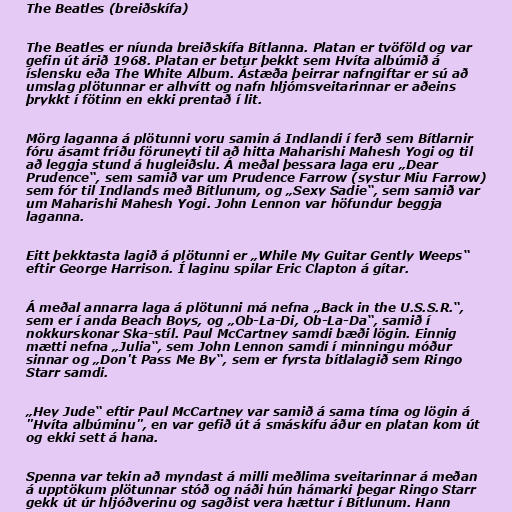
The Beatles (breiðskífa)

The Beatles er níunda breiðskífa Bítlanna. Platan er tvöföld og var
gefin út árið 1968. Platan er betur þekkt sem Hvíta albúmið á
íslensku eða The White Album. Ástæða þeirrar nafngiftar er sú að
umslag plötunnar er alhvítt og nafn hljómsveitarinnar er aðeins
þrykkt í fötinn en ekki prentað í lit.

Mörg laganna á plötunni voru samin á Indlandi í ferð sem Bítlarnir
fóru ásamt fríðu föruneyti til að hitta Maharishi Mahesh Yogi og til
að leggja stund á hugleiðslu. Á meðal þessara laga eru „Dear
Prudence“, sem samið var um Prudence Farrow (systur Miu Farrow)
sem fór til Indlands með Bítlunum, og „Sexy Sadie“, sem samið var
um Maharishi Mahesh Yogi. John Lennon var höfundur beggja
laganna.

Eitt þekktasta lagið á plötunni er „While My Guitar Gently Weeps“
eftir George Harrison. Í laginu spilar Eric Clapton á gítar.

Á meðal annarra laga á plötunni má nefna „Back in the U.S.S.R.“,
sem er í anda Beach Boys, og „Ob-La-Di, Ob-La-Da“, samið í
nokkurskonar Ska-stíl. Paul McCartney samdi bæði lögin. Einnig
mætti nefna „Julia“, sem John Lennon samdi í minningu móður
sinnar og „Don't Pass Me By“, sem er fyrsta bítlalagið sem Ringo
Starr samdi.

„Hey Jude“ eftir Paul McCartney var samið á sama tíma og lögin á
"Hvíta albúminu", en var gefið út á smáskífu áður en platan kom út
og ekki sett á hana.

Spenna var tekin að myndast á milli meðlima sveitarinnar á meðan
á upptökum plötunnar stóð og náði hún hámarki þegar Ringo Starr
gekk út úr hljóðverinu og sagðist vera hættur í Bítlunum. Hann